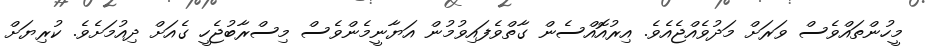
މީހުންތައްވެސް ވަރަށް މަދުވެއްޖެއެވެ. އިރުއޮއްސެން ގާތްވެފައިވުމުން އަޔާނީމެންވެސް މިސްރާބުޖެހީ ގެއަށް ދިއުމަށެވެ. ކުރިޔަށް